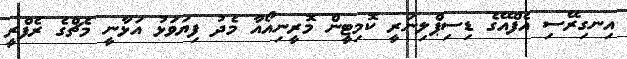
އިނގިރޭސި އެފްއޭގެ ޑިސިޕްލިނަރީ ކޮމިޓީން މޮރީނިއޯއާ މެދު ފިޔަވަޅު އަޅާނީ މެޗްގެ ރެފްރީ